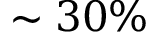
\sim 3 0 \%